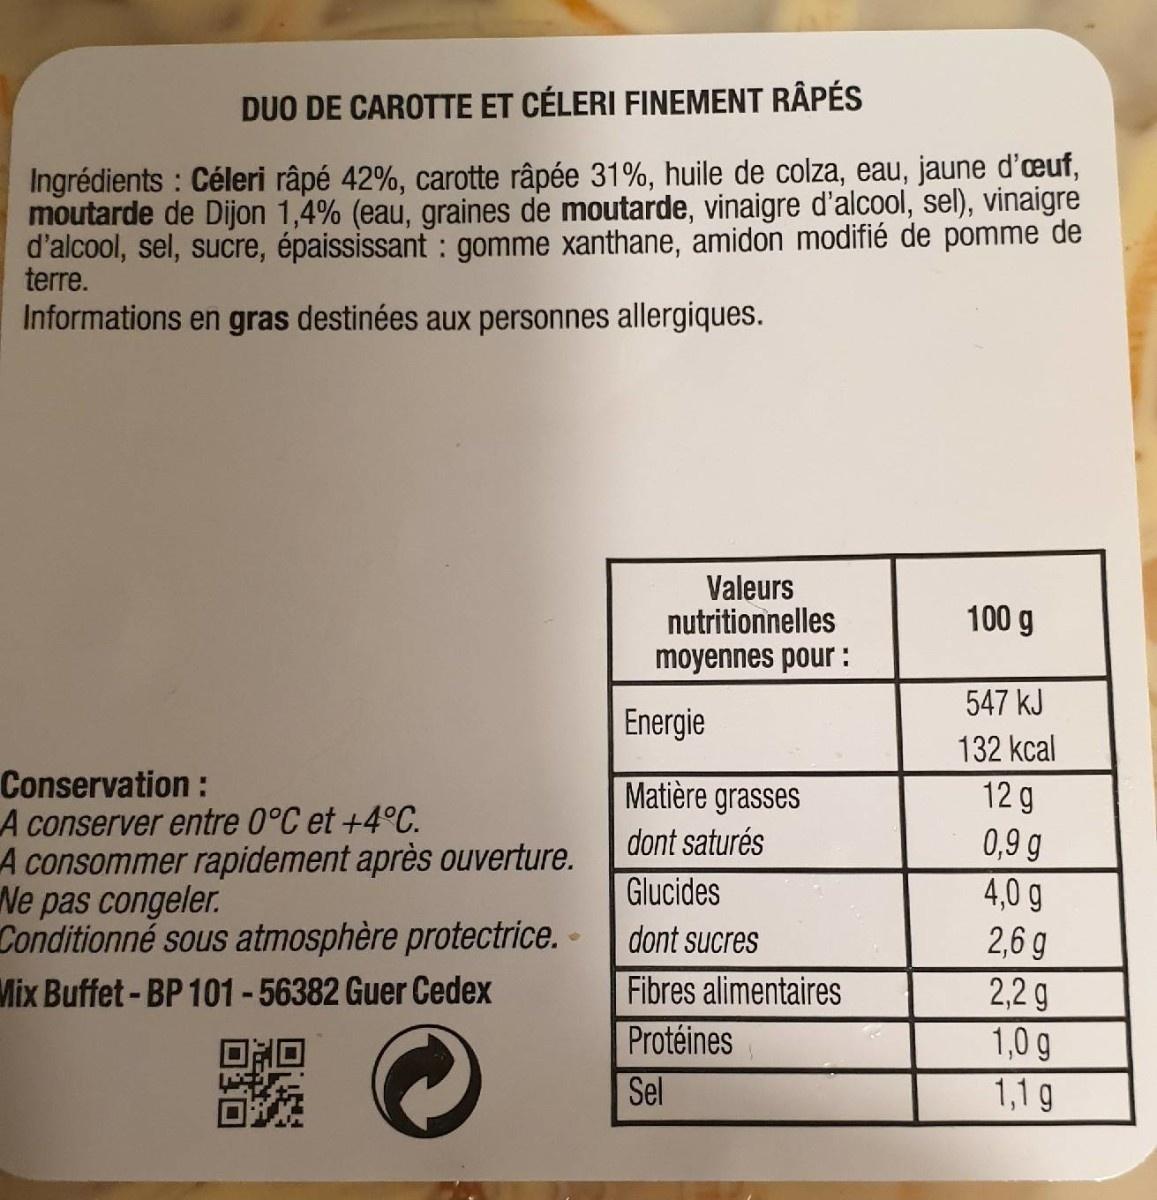
DUO DE CAROTTE ET CÉLERI FINEMENT RÂPÉS
Ingrédients : Céleri râpé 42%, carotte râpée 31%, huile de colza, eau, jaune d'œuf, moutarde de Dijon 1,4% (eau, graines de moutarde, vinaigre d'alcool, sel), vinaigre d'alcool, sel, sucre, épaississant : gomme xanthane, amidon modifié de pomme de terre.
Informations en gras destinées aux personnes allergiques.
Valeurs nutritionnelles moyennes pour :
100 g
547 kJ
Energie
132 kcal
Conservation: A conserver entre 0°C et +4°C. A consommer rapidement après ouverture. Ne pas congeler. Conditionné sous atmosphère protectrice. · Mix Buffet-BP 101-56382 Guer Cedex
Matière grasses
12 g 0,9 g 4,0 g 2,6 g
dont saturés
Glucides
dont sucres
Fibres alimentaires
2,2 g 1,0 g 1,1 g
Protéines
Sel